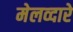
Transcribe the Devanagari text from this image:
मेलव्दारे